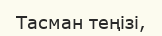
Тасман теңізі,